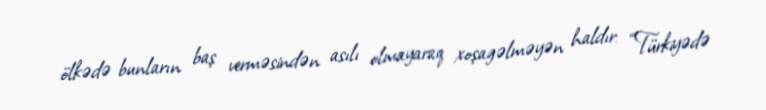
ölkədə bunların baş verməsindən asılı olmayaraq xoşagəlməyən haldır: “Türkiyədə